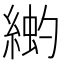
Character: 𫃳